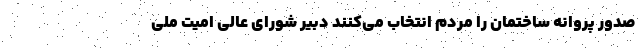
صدور پروانه ساختمان را مردم انتخاب می‌کنند دبیر شورای عالی امیت ملی